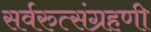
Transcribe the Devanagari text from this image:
सर्वरुत्संग्रहणी